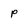
Character: p